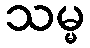
သမ္မ